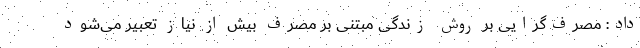
داد: مصرف‌گرایی بر روش زندگی مبتنی بر مصرف بیش از نیاز تعبیر می‌شود